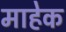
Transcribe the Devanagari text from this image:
माहेक